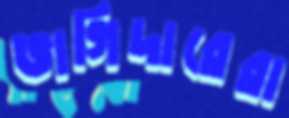
ভাগিদারেরা